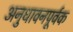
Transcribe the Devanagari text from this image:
अनुधावनपूर्वक